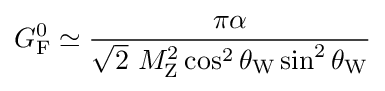
G_{\rm {F}}^{0}\simeq {\frac {\pi \alpha }{{\sqrt {2}}~M_{\rm {Z}}^{2}\cos ^{2}\theta _{\rm {W}}\sin ^{2}\theta _{\rm {W}}}}